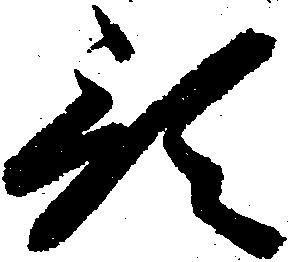
預